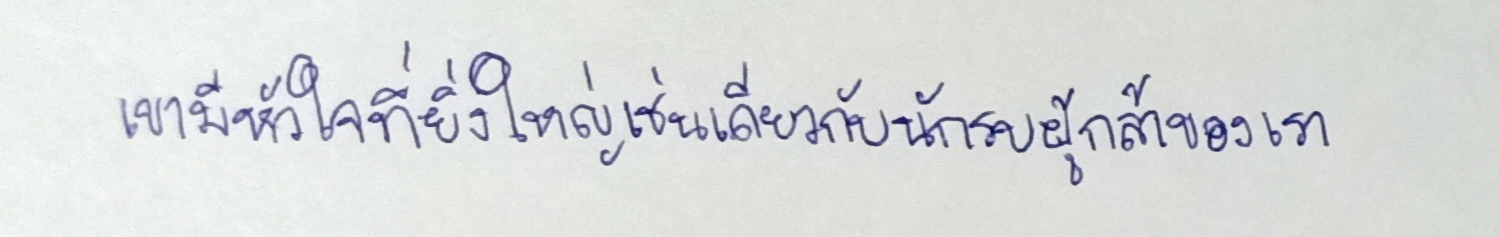
เขามีหัวใจที่ยิ่งใหญ่เช่นเดียวกับนักรบผู้กล้าของเรา